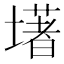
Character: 墸